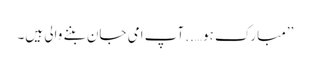
’’مبارک ہو…..آپ امی جان بننے والی ہیں۔